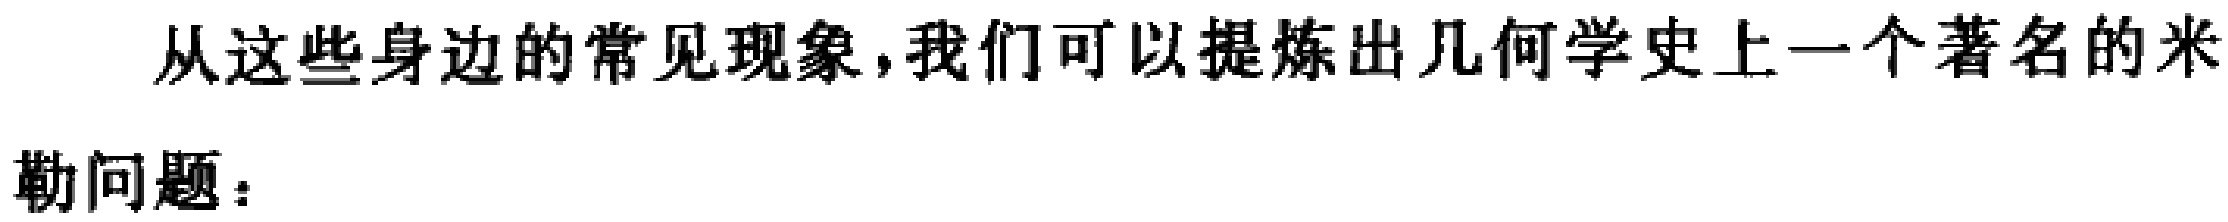
从这些身边的常见现象,我们可以提炼出几何学史上一个著名的米勒问题：